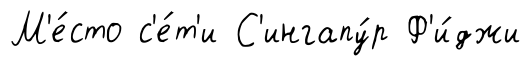
М'е́сто с'е́т'и С'ингапу́р Ф'и́джи